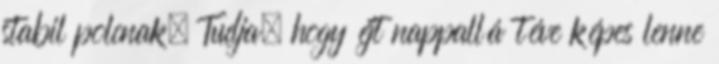
stabil polcnak. Tudja, hogy éjt nappallá téve képes lenne